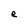
Character: e